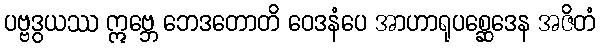
ပဗ္ဗဒွယဿ ဣဗ္ဘေ ဘေဒတောတိ ဝေဒနံပေ အာဟာရုပစ္ဆေဒေန အဇိတံ